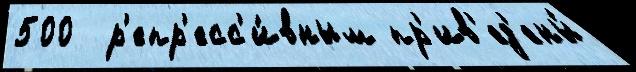
500  р'епр'есс'и́вным пр'ив'ед'ены́